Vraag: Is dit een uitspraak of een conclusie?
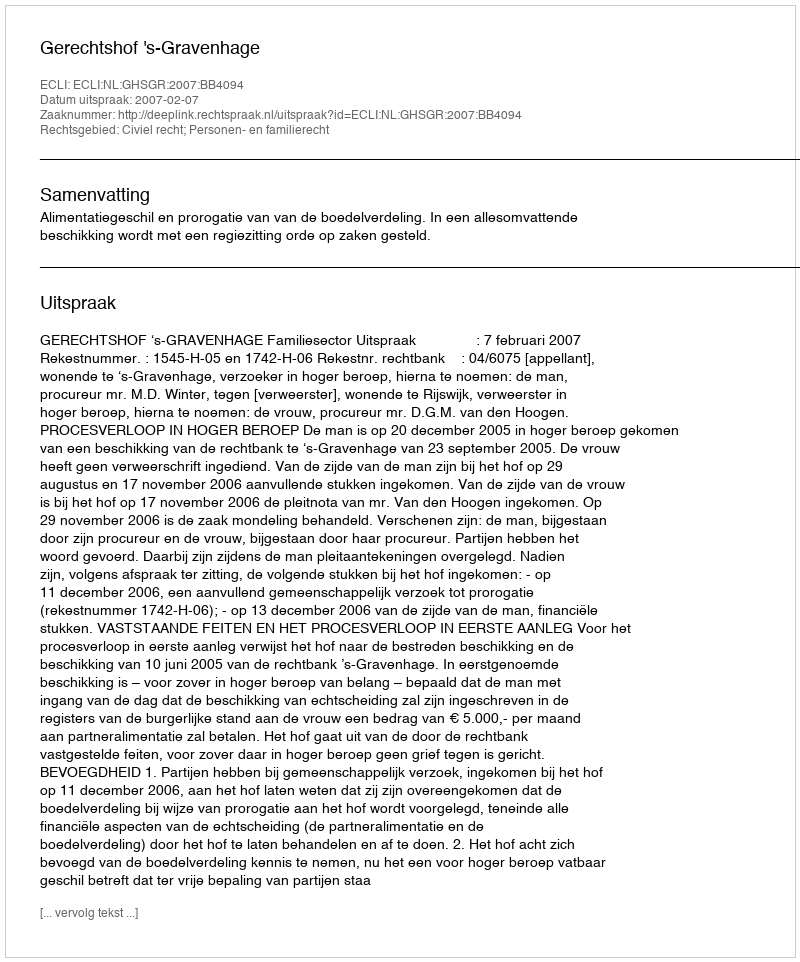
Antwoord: Uitspraak